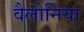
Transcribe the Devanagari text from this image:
वैलोनिया